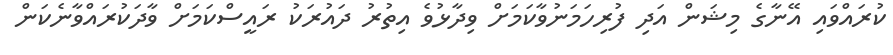
ކުރައްވައި އޭނާގެ މިޝަން އަދި ފުރިހަމަނުވާކަމަށް ވިދާޅުވެ އިތުރު ދައުރަކު ރައީސްކަމަށް ވާދަކުރައްވާނެކަން